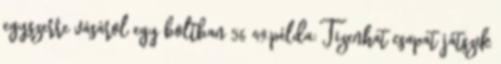
egyszerre vásárol egy boltban 56 49.példa: Tizenhat csapat játszik